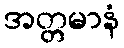
အတ္တမာနံ